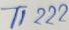
Text: T1222